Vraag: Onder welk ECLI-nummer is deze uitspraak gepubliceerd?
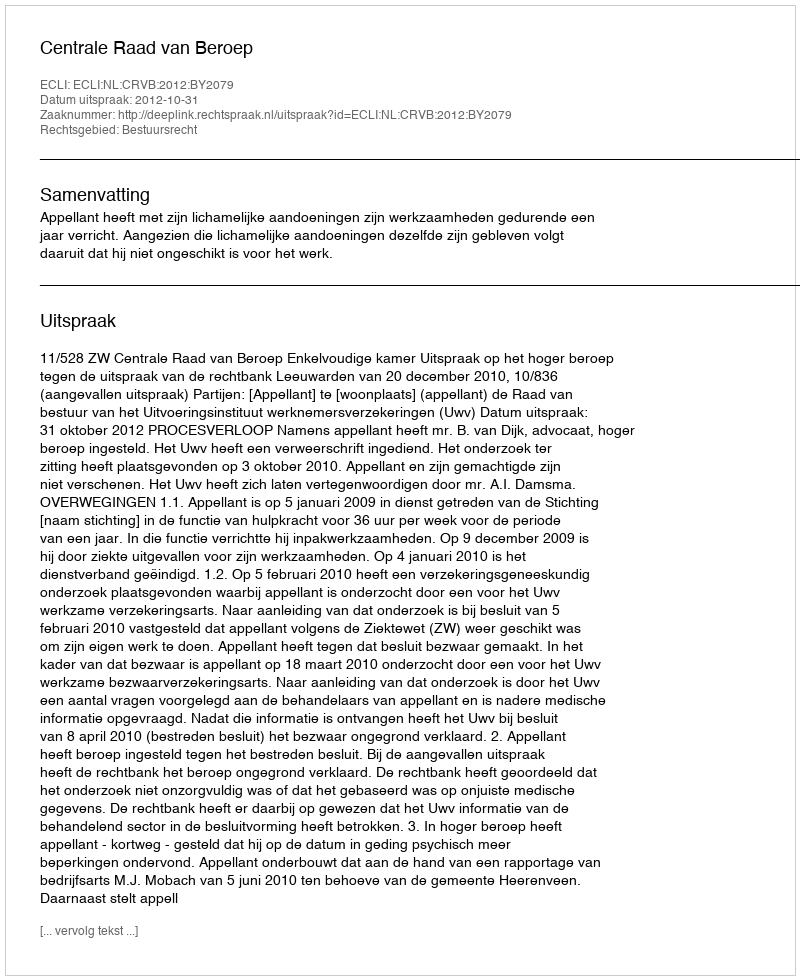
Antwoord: ECLI:NL:CRVB:2012:BY2079